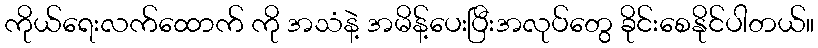
ကိုယ်ရေးလက်ထောက် ကို အသံနဲ့ အမိန့်ပေးပြီးအလုပ်တွေ ခိုင်းစေနိုင်ပါတယ်။